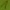
Text: 1